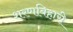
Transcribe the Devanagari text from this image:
शरणबिहारी